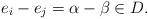
LaTeX: \begin{align*}e_i-e_j=\alpha-\beta\in D.\end{align*}